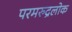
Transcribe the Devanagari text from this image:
परमरुद्रलोक